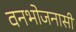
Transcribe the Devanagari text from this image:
वनभोजनासी